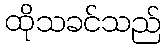
ထိုသခင်သည်